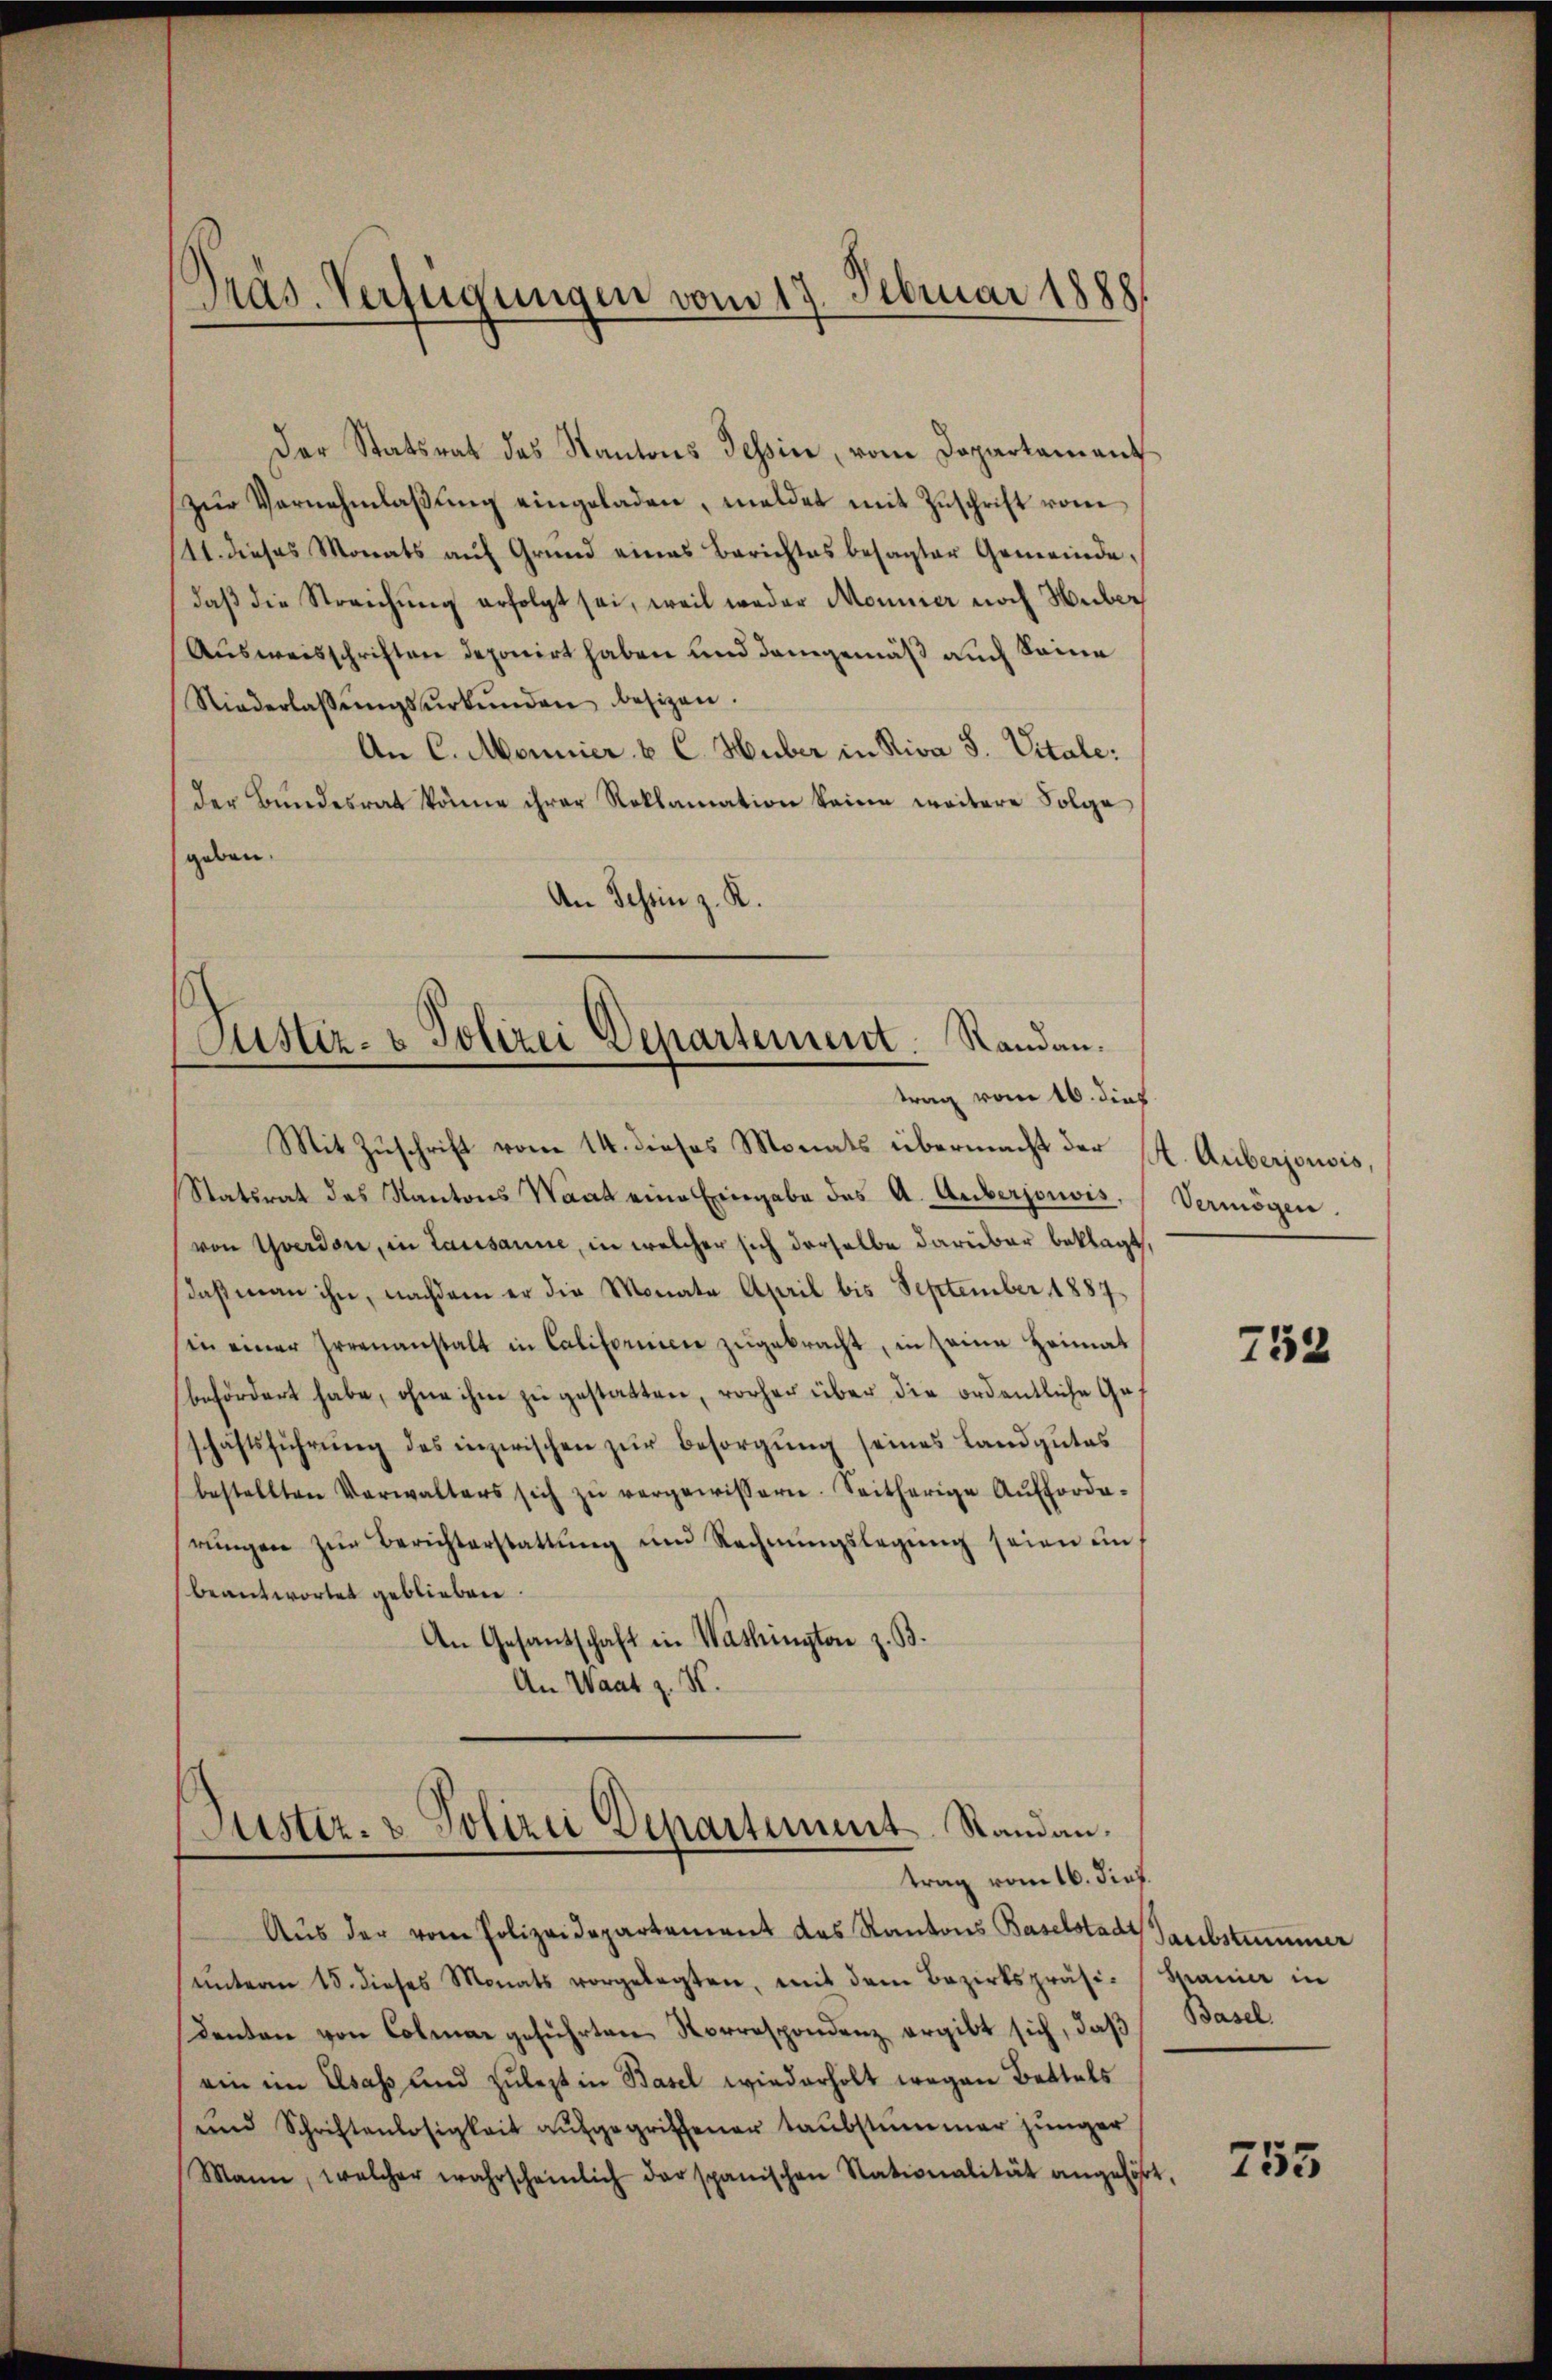
Präs. Verfügungen vom 17. Februar 1888

Der Statsrat das Kantons Tessin, vom Departament
zŭr Vernehmlaβŭng eingeladen, meldet mit Zuschrift vom
11. dieses Monats auf Grund eines Berichtes besagter Gemeindedaß die Streichung erfolgt sei, weil weder Monier noch Huber
Ausweisschriften deponirt haben und demgemäß auch Seine
Niederlassŭngsŭrkŭnden besizen.
An C. Monnier u. C. Huber in Riva S. Vitale:
der Bundesrat könne ihrer Reklamation keine weitere Folge
geben.
An Tessin z. K.

Justiz- & Polizei Departement. Randantrag vom 16. dies

Mit Zuschrift vom 14. dieses Monats übermacht der St. Auberjousis,
Statsrat des Kantons Waat eine Eingabe des A. Auberjouvis,
von Yverdon, in Lausanne, in welcher sich derselbe darüber beklagt,
daß man ihn, nachdem er die Monate April bis September 1887
in einer Irrenanstalt in Californiere zugebracht, in seine Heimat
befördert habe, ohne ihm zu gestatten, vorher über die ordentliche Geschäftsführŭng des inzwischen zur Besorgung seines Landgutes
bestellten Verwalters sich zŭ vergewissern. Seitherige Aufforde-
rŭngen zŭr Berichterstattŭng und Rechnŭngslegŭng seien in
beantwortet geblieben.
An Gesantschaft in Washington z. B.
An Waat z. K.

Justiz- & Polizei Departiment Standau.
trag vom 16. dies.

Aŭs der vom Polizeidepartement des Kantons Baselstadt Gaubstummer
ŭnterm 15. dieses Monats vorgelegten, mit dem Bezirkspräsi- Manier in
denten von Colmar geführten Korrespondenz ergibt sich, daß Basel.
ein im Elsass und zulezt in Basel wiederholt wegen Bettels
und Schriftenlosigkeit aufgegriffener taubstummer junger
Mann, welcher wahrscheinlich der spanischen Stationalität angehört,

Vermögen.

752

755